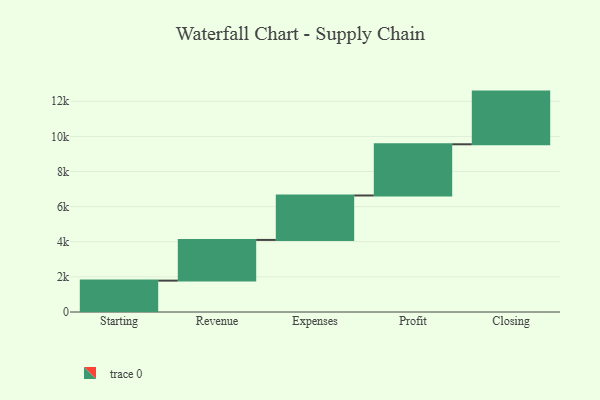
{"axis": {"x": "Step", "y": "Value"}, "legend": [""], "data": [{"x": "Starting", "y": 1787.0, "type": ""}, {"x": "Revenue", "y": 2318.0, "type": ""}, {"x": "Expenses", "y": 2531.0, "type": ""}, {"x": "Profit", "y": 2916.0, "type": ""}, {"x": "Closing", "y": 3000, "type": ""}]}